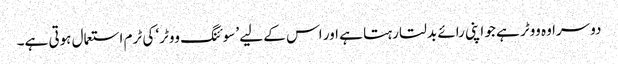
دوسرا وہ ووٹر ہے جو اپنی رائے بدلتا رہتا ہے اور اس کے لیے ’سوئنگ ووٹر‘ کی ٹرم استعمال ہوتی ہے۔